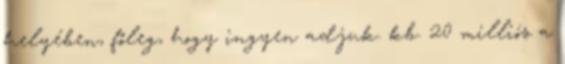
helyében, főleg, hogy ingyen adjuk. kb. 20 milliós a